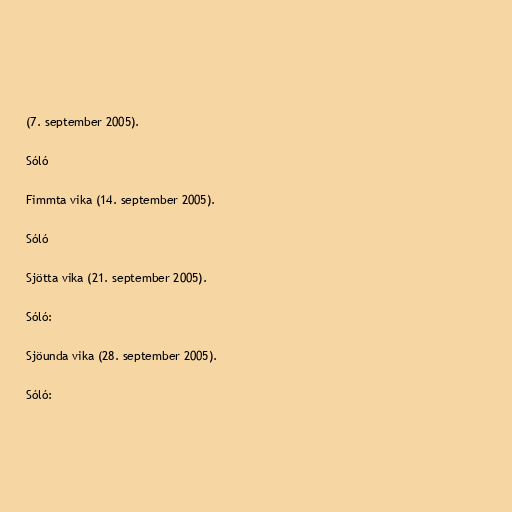
(7. september 2005).

Sóló

Fimmta vika (14. september 2005).

Sóló

Sjötta vika (21. september 2005).

Sóló:

Sjöunda vika (28. september 2005).

Sóló: